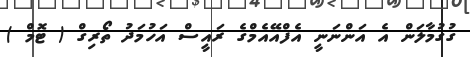
ގުގުމާލަން އެ އަންނަނީ އެފްއޭއެމްގެ ރައީސް އަހުމަދު ތޯރިގް ( ޓޮމް )